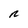
Character: n